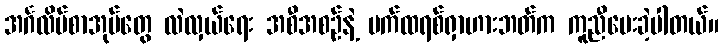
အင်္ဂလိပ်စာအုပ်တွေ လဲလှယ်ရေး အစီအစဉ်နဲ့ ပက်ထရစ်ရှာဟားဘတ်က ကူညီပေးခဲ့ပါတယ်။